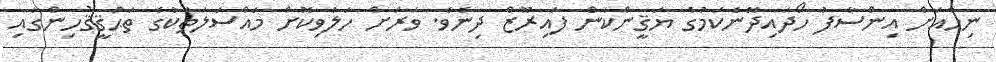
ނިހާއަށް އިންސާފު ހޯދައިދޭނެކަމުގެ ޔަޤީންކަން ފައިރޫޒް ދިނެވެ. ވަރަށް ހަލުވިކޮށް މައްސަލަތަކުގެ ތަޙުޤީޤުހިންގައި